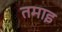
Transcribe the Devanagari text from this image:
तमाइ